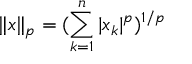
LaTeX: \| x \| _ { p } = ( \sum _ { k = 1 } ^ { n } | x _ { k } | ^ { p } ) ^ { 1 / p }